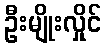
ဦးမျိုးလှိုင်